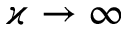
\varkappa \to \infty